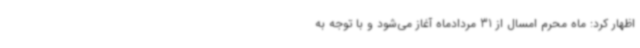
اظهار کرد: ماه محرم امسال از 31 مردادماه آغاز می‌شود و با توجه به